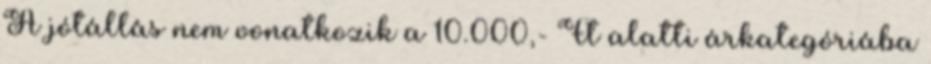
A jótállás nem vonatkozik a 10.000,- Ft alatti árkategóriába